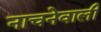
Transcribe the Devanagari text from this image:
नाचनेवाली